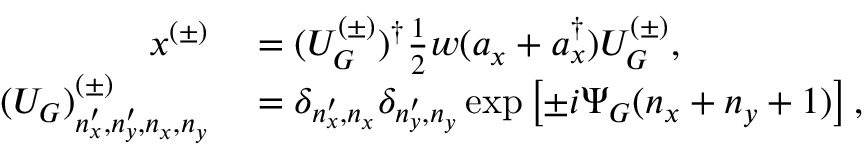
\begin{array} { r l } { x ^ { ( \pm ) } } & { { } = ( U _ { G } ^ { ( \pm ) } ) ^ { \dag } \frac { 1 } { 2 } w ( a _ { x } + a _ { x } ^ { \dag } ) U _ { G } ^ { ( \pm ) } , } \\ { ( U _ { G } ) _ { n _ { x } ^ { \prime } , n _ { y } ^ { \prime } , n _ { x } , n _ { y } } ^ { ( \pm ) } } & { { } = \delta _ { n _ { x } ^ { \prime } , n _ { x } } \delta _ { n _ { y } ^ { \prime } , n _ { y } } \exp \left[ \pm i \Psi _ { G } ( n _ { x } + n _ { y } + 1 ) \right] , } \end{array}